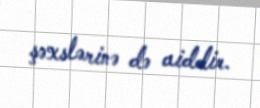
şəxslərinə də aiddir.